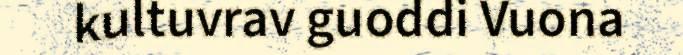
kultuvrav guoddi Vuona